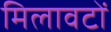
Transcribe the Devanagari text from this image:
मिलावटों